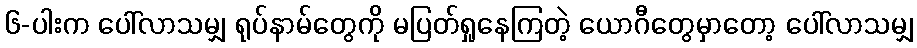
၆-ပါးက ပေါ်လာသမျှ ရုပ်နာမ်တွေကို မပြတ်ရှုနေကြတဲ့ ယောဂီတွေမှာတော့ ပေါ်လာသမျှ